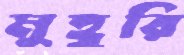
মুহূরি